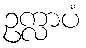
ဥက္လာပံ